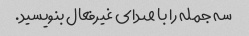
سه جمله را با صدای غیرفعال بنویسید.